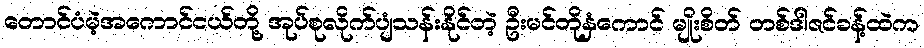
တောင်ပံမဲ့အကောင်ငယ်တို့ အုပ်စုလိုက်ပျံသန်းနိုင်တဲ့ ဦးမင်တိုနှံကောင် မျိုးစိတ် တစ်ဒါဇင်ခန့်ထဲက